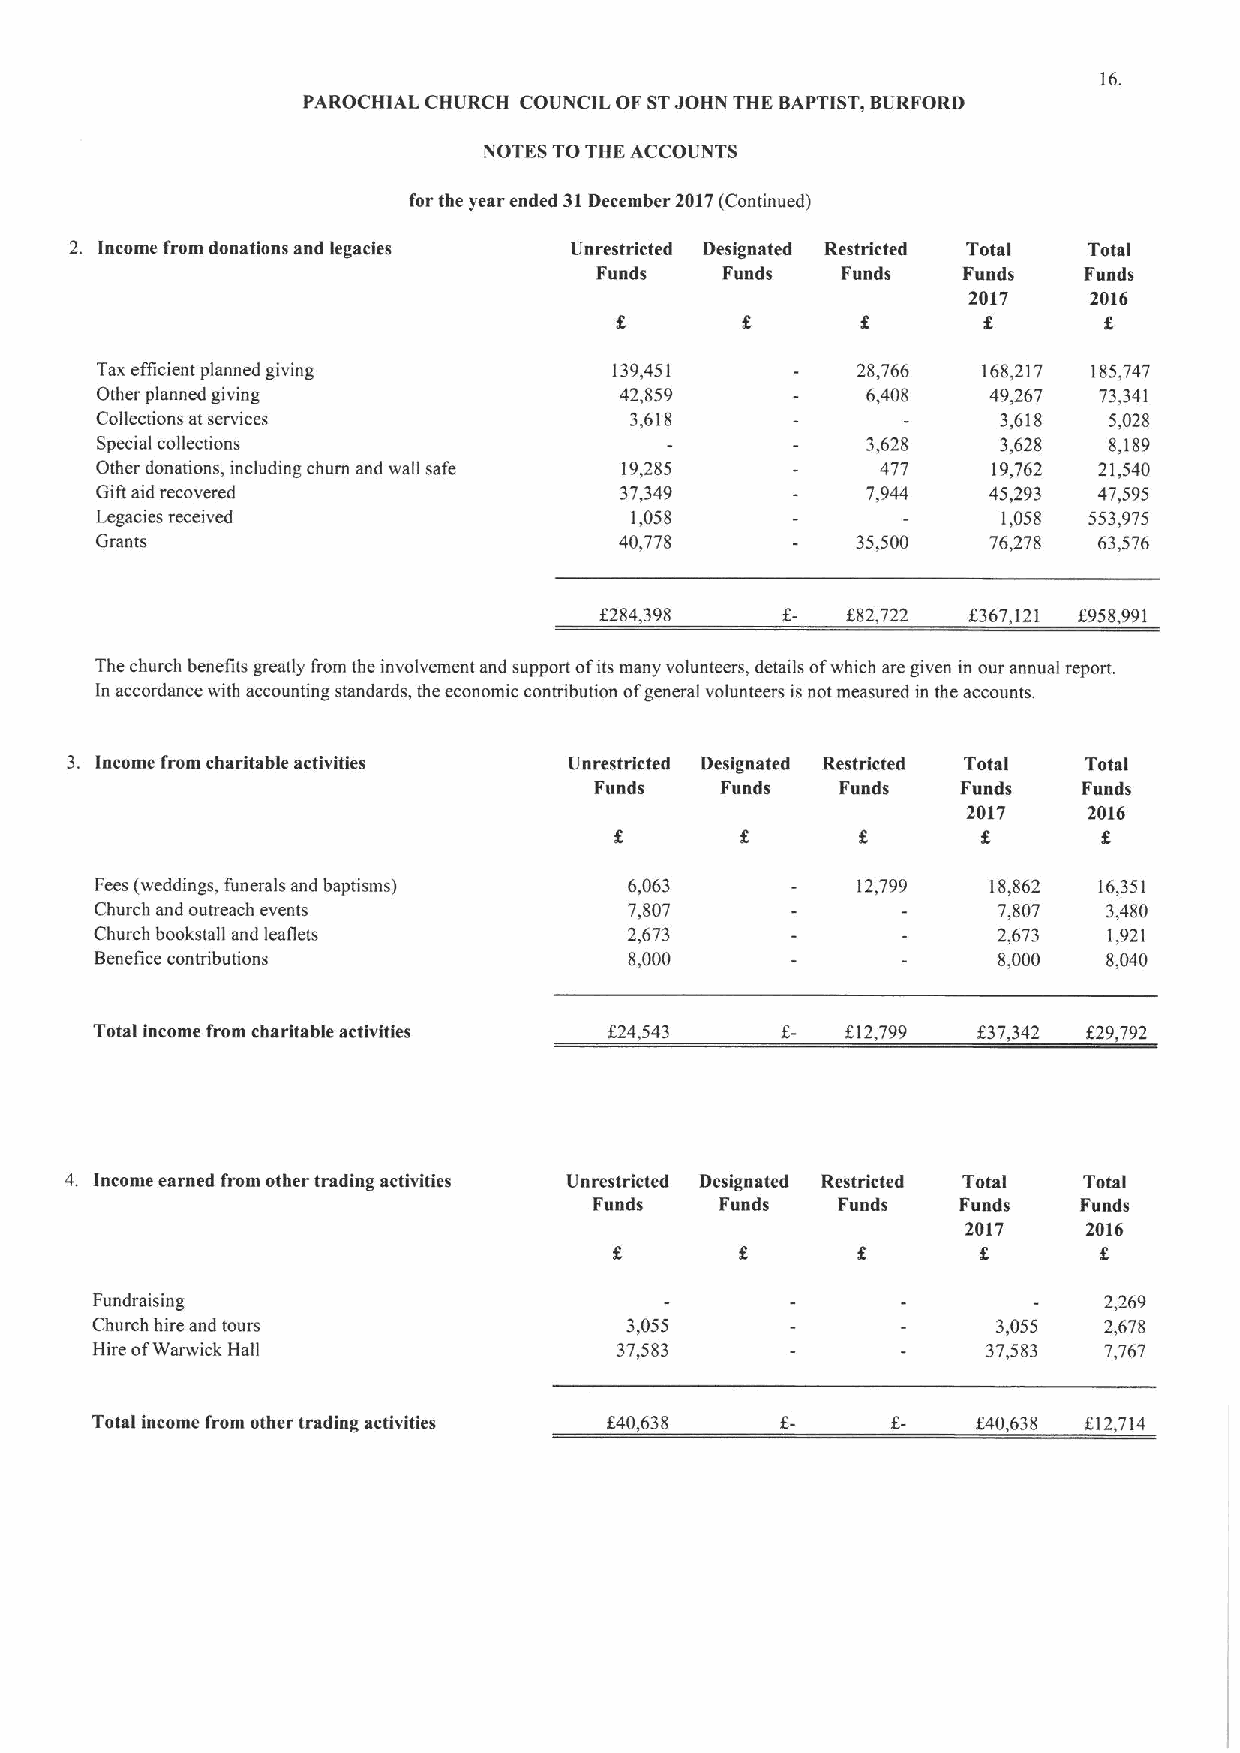
16.
 PAROCHIAL CHURCH COUNCIL OF STJOHN THE BAPTIST, BURFORD
 NOTES TOTHE ACCOUNTS
 forthe year ended 31December 2017(Continued)
 2. Income from donations aad legacies Unrestricted Designated Restricted Total Total
 Funds    Funds   Funds   Funds   Funds
 2017    2016
 f       f
 Taxefficient planned giving        139,451         28,766  168,217 185,747
 Other planned giving               42,859          6,408   49,267  73,341
 Collections at services             3,618                   3,618  5,028
 Special collections                                3,628    3,628  8,189
 Other donations, including churn and wall safe 19,285 477   19,762 21,540
 Gifl aid recovered                 37,349          7,944   45,293  47,595
 Legacies received                   1,058                   1,058 553,975
 Grants                             40,778          35,500  76,278  63,576
 f284,398        f82,722 f367,121 f958,991
 The church benefits greatly from the involvement and support ofits many volunteers, details ofwhich are given in our annual report.
 In accordance with accounting standards, the economic contribution ofgeneral volunteers isnot measured in the accounts.
 3. Income from charitable activities Unrestricted Designated Restricted Total Total
 Fuads    Fuads   Funds   Funds   Fuads
 2017    2016
 f
 Fees (weddings, funerals and baptisms) 6,063       12,799  18,862  16,351
 Church and outreach events          7,807                   7,807  3,480
 Church bookstall and leaflets       2,673                   2,673  1,921
 Benefice contributions              8,000                   8,000  8,040
 Total income from charitable activities f 24,543  f,12,799 f 37,342 f 29,792
 4. Income earned from other trading activities Unrestricted Designated Restricted Total Total
 Funds    Funds  Funds    Funds   Funds
 2017    2016
 Fundraising                                                        2,269
 Church hire and tours              3,055                    3,055  2,678
 Hire ofWarwick Hall                37,583                  37,583  7,767
 Total income from other trading activities f40,638         f40,638 f12,714